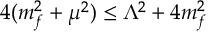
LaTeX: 4 ( m _ { f } ^ { 2 } + \mu ^ { 2 } ) \le \Lambda ^ { 2 } + 4 m _ { f } ^ { 2 }